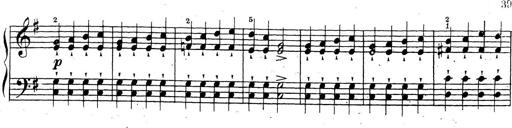
Title: 10 Sonatinas
Composer: Fritz Spindler